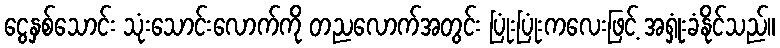
ငွေနှစ်သောင်း သုံးသောင်းလောက်ကို တညလောက်အတွင်း ပြုံးပြုံးကလေးဖြင့် အရှုံးခံနိုင်သည်။